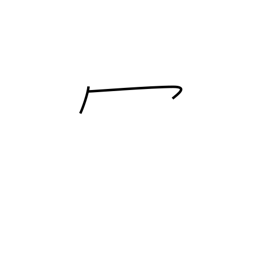
Meaning: wa-shaped crown radical (no. 14)